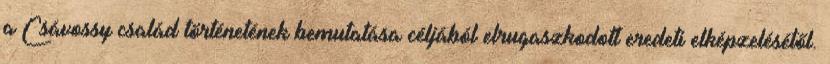
a Csávossy család történetének bemutatása céljából elrugaszkodott eredeti elképzelésétől.